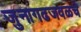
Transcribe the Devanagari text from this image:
जुनागढजवळचे